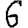
Digit: 6